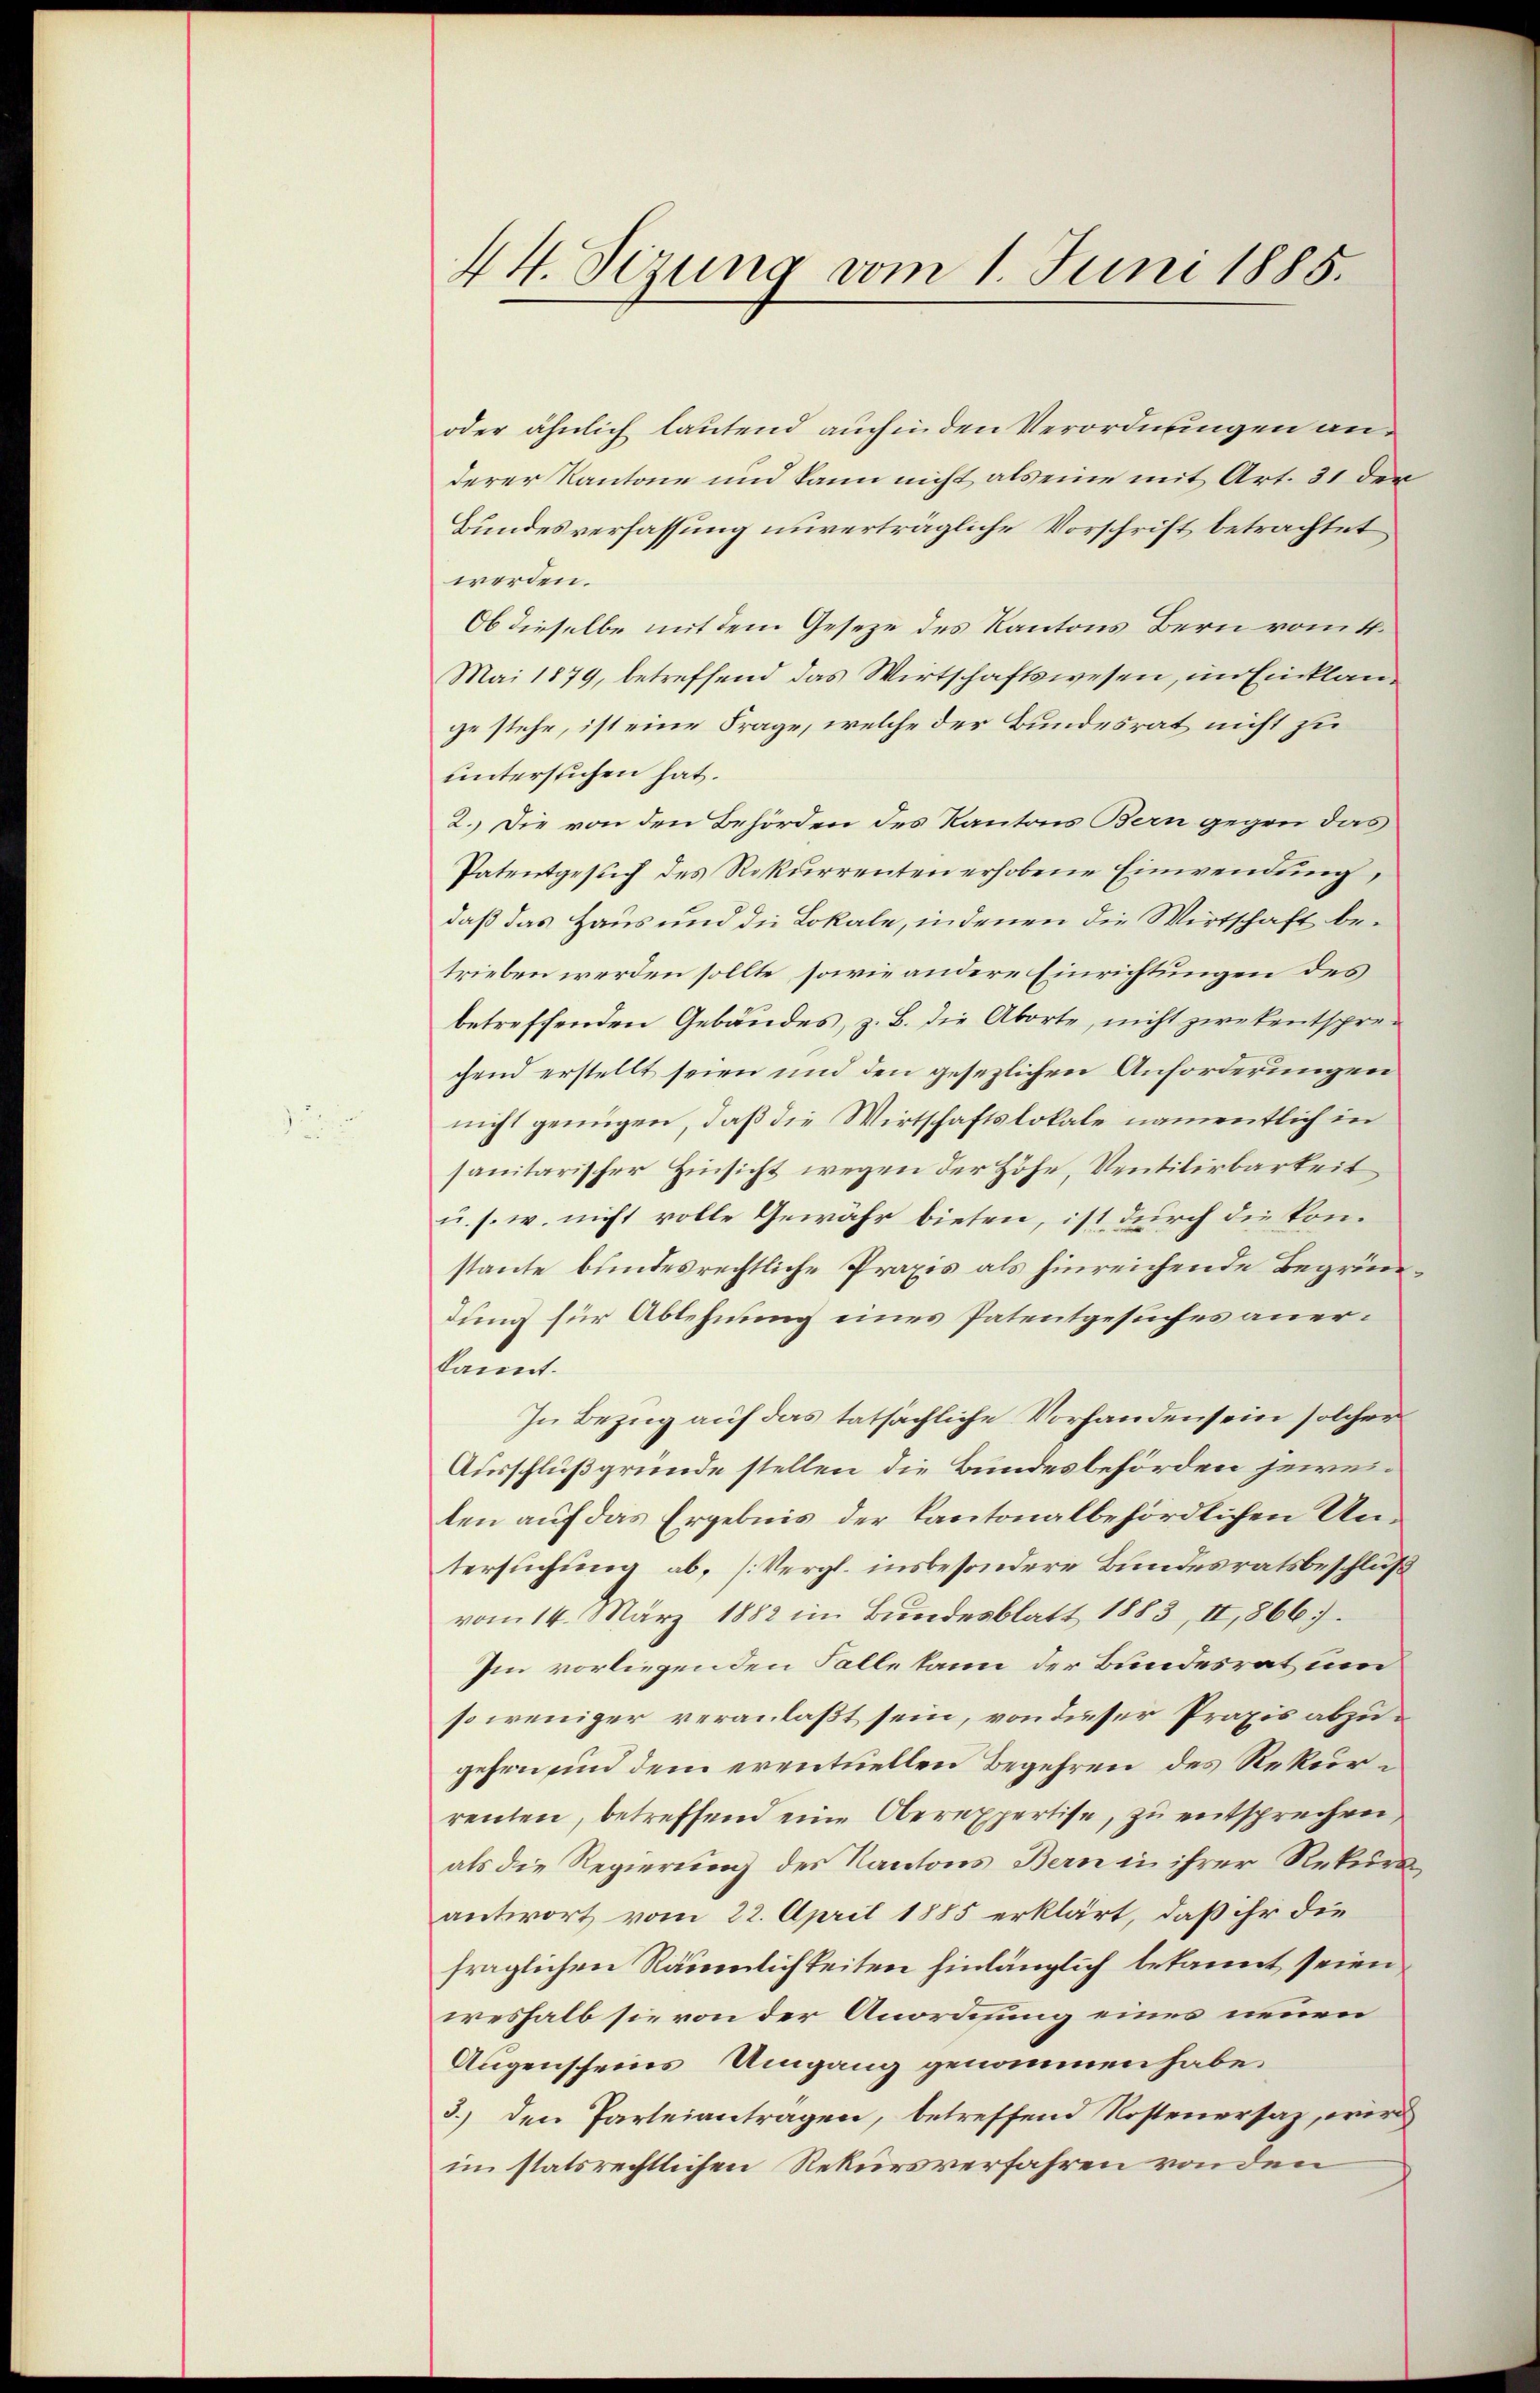
44. Sizung vom 1. Juni 1885.

oder ähnlich lautend auch in den Verordnungen anderer Kantone und kann nicht als eine mit Art. 31 der
Bundesverfassung unverträgliche Vorschrift betrachtet
werden.
Ob dieselbe mit dem Gesetze des Kantons Bern vom 4.
Mai 1879, betreffend das Wirtschaftswesen, im Einklange stehe, ist eine Frage, welche der Bundesrat nicht zu
unterstichen hat.
2. Die von den Behörden des Kantons Bern gegen das
Patentgesŭch des Rekurrenten erhobene Einwendung,
daß das Haus und die Lokale, indenen die Wirtschaft betrieben werden sollte, sowie andere Einrichtungen des
betreffenden Gebäudes, z. B. die Aborte, nicht zwekentsprechend erstellt seien und den gesetzlichen Anforderungen
nicht genügen, daß die Wirtschaftslokale namentlich in
sanitarischer Hinsicht wegen der Höhe, Ventilirbarkeit
u. s. w. nicht volle Gewähr bieten, ist durch die konstante bundesrechtliche Praxis als hinreichende Begründund für Ablehnung eines Patentgesuches anerkannt.
In Bezug auf das tatsächliche Vorhanden sein solcher
Ausschluß gründe stellen die Bundesbehörden jeweilen auf das Ergebnis der kantonalbehördlichen Untersuchung ab, (Vergl. insbesondere Bundesratsbeschluß
vom 14. März 1882 im Bundesblatt 1883, II, 866.
Im vorliegenden Falle kann der Bundesrat um
so weniger veranlaßt sein, von dieser Praxis abzugehen, und dem eventuellen Begehren des Rekurrenten, betreffend eine Oberexpertise, zu entsprechen
als die Regierung des Kantons Bern in ihrer Rekurs
antwort vom 22. April 1885 erklärt, daß ihr die
fraglichen Räumlichkeiten hinlänglich bekannt seien
weshalb sie von der Anordnung eines neuen
Augenscheins Umgang genommen habe.
3.) den Parteiantragen, betreffend Kostenersaz, wird
im statsrechtlichen Rekursverfahren von den